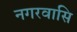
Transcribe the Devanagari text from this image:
नगरवासि